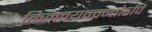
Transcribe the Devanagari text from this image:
किमवयववन्तोऽपि